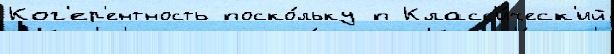
Ког'ер'ентность поско́льку п Класс'и́ческ'ий